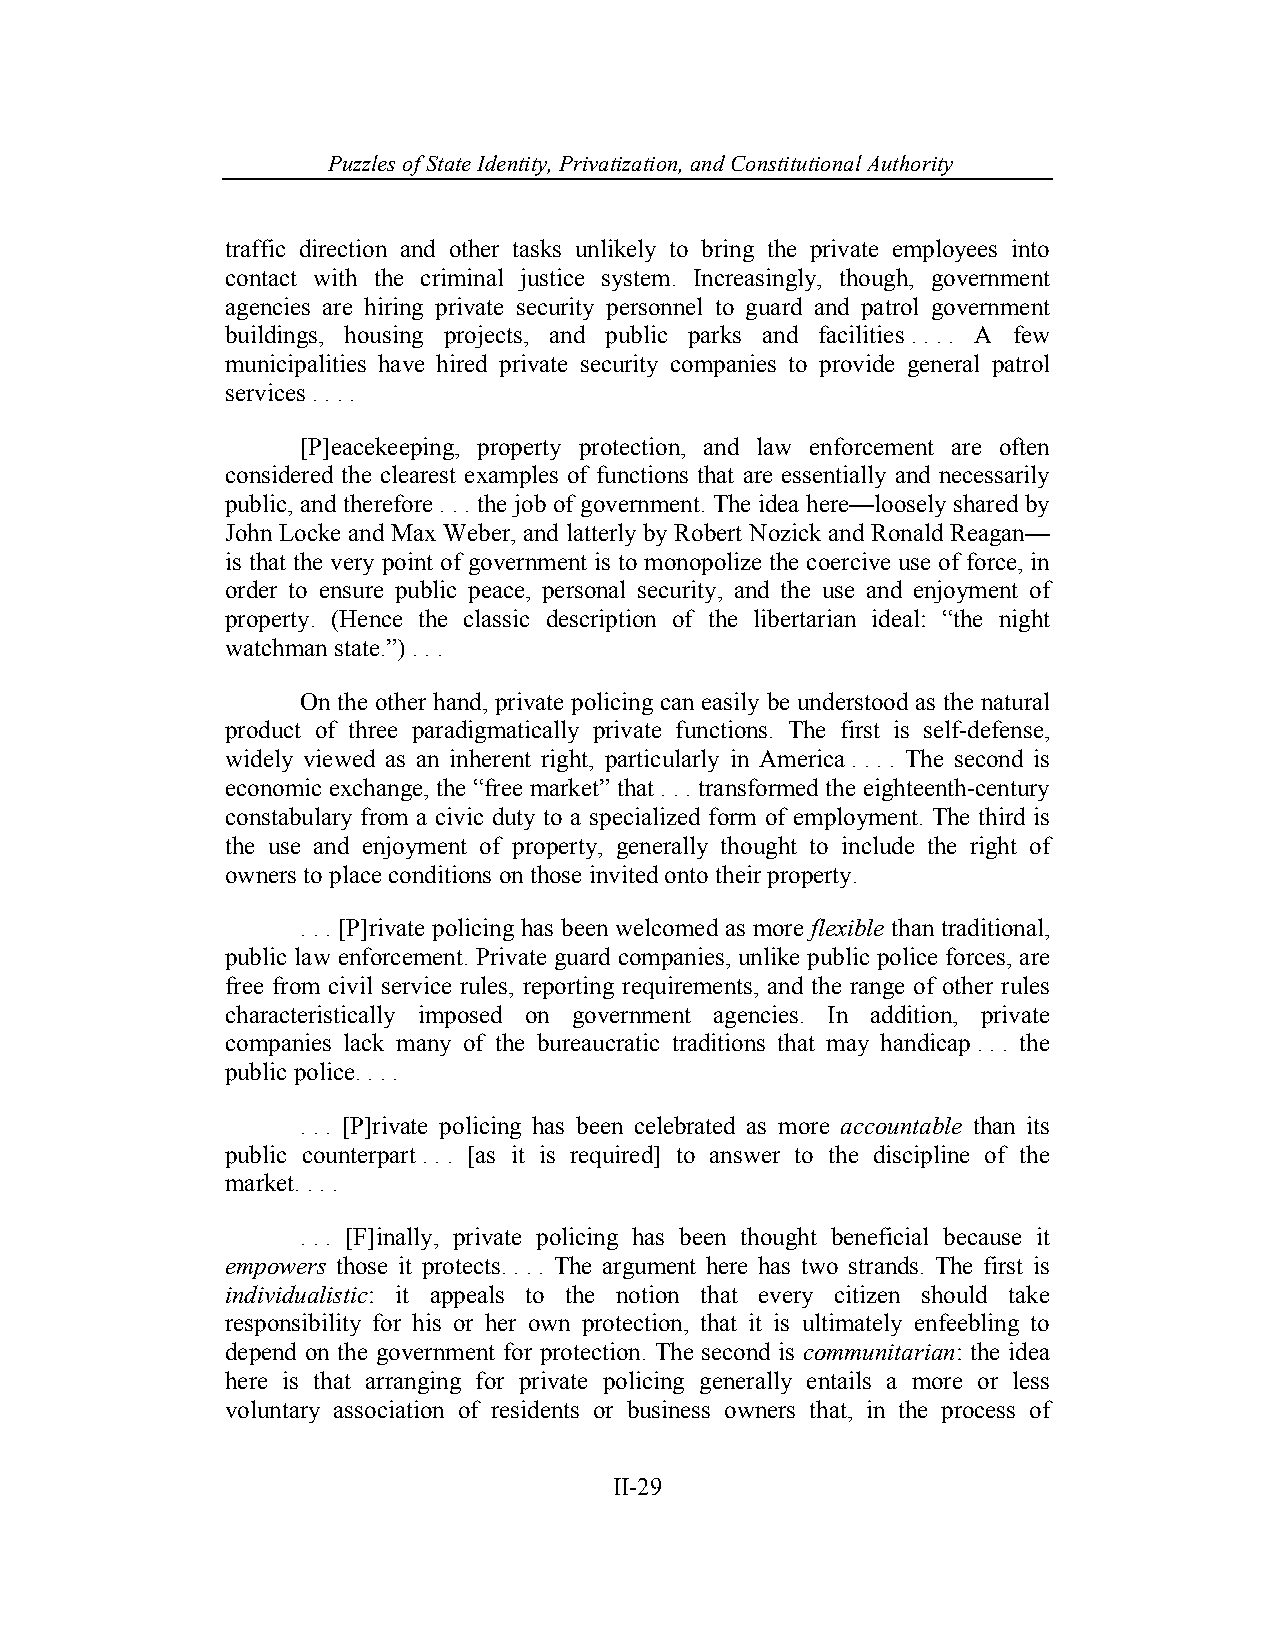
Puzzles of State Identity, Privatiz ation, and Constitutional Authority
 traffic direction and other tasks unlikely to bring the private employees into
 contact with the criminal justice system. Increasingly, though, government
 agencies are hiring private security personnel to guard and patrol government
 buildings, housing projects, and public parks and facilities . . . . A few
 municipalities have hired private security companies to provide general patrol
 services . . . .
 [P]eacekeeping, property protection, and law enforcement are often
 considered the clearest examples of functions that are essentially and necessarily
 public, and therefore . . . the job of government. The idea here—loosely shared by
 John Locke and Max Weber, and latterly by Robert Nozick and Ronald Reagan—
 is that the very point of government is to monopolize the coercive use of force, in
 order to ensure public peace, personal security, and the use and enjoyment of
 property. (Hence the classic description of the libertarian ideal: “the night
 watchman state.”) . . .
 On the other hand, private policing can easily be understood as the natural
 product of three paradigmatically private functions. The first is self-defense,
 widely viewed as an inherent right, particularly in America . . . . The second is
 economic exchange, the “free market” that . . . transformed the eighteenth-century
 constabulary from a civic duty to a specialized form of employment. The third is
 the use and enjoyment of property, generally thought to include the right of
 owners to place conditions on those invited onto their property.
 . . . [P]rivate policing has been welcomed as more flexible than traditional,
 public law enforcement. Private guard companies, unlike public police forces, are
 free from civil service rules, reporting requirements, and the range of other rules
 characteristically imposed on government agencies. In addition, private
 companies lack many of the bureaucratic traditions that may handicap . . . the
 public police. . . .
 . . . [P]rivate policing has been celebrated as more accountable than its
 public counterpart . . . [as it is required] to answer to the discipline of the
 market. . . .
 . . . [F]inally, private policing has been thought beneficial because it
 empowers those it protects. . . . The argument here has two strands. The first is
 individualistic: it appeals to the notion that every citizen should take
 responsibility for his or her own protection, that it is ultimately enfeebling to
 depend on the government for protection. The second is communitarian: the idea
 here is that arranging for private policing generally entails a more or less
 voluntary association of residents or business owners that, in the process of
 II-29